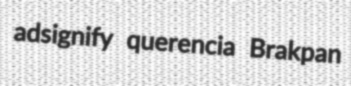
adsignify querencia Brakpan